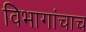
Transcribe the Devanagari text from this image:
विभागांचाच